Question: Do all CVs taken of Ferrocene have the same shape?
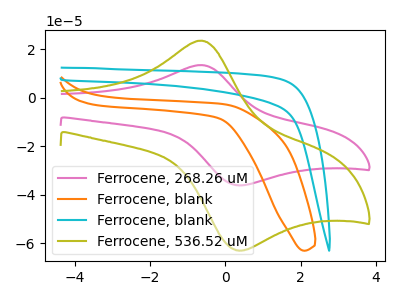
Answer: <think>The pink curve "Ferrocene, 268.26 uM" has an anodic peak at (-0.65V, 13.55uA) and a cathodic peak at (0.30V, -36.05uA). The orange curve "Ferrocene, blank" has no peaks. The cyan curve "Ferrocene, blank" has no peaks. The olive curve "Ferrocene, 536.52 uM" has an anodic peak at (-0.65V, 23.60uA) and a cathodic peak at (0.30V, -62.95uA).
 "Ferrocene, 268.26 uM" and "Ferrocene, blank" have a different number of peaks. "Ferrocene, 268.26 uM" and "Ferrocene, blank" have a different number of peaks. All the peaks in "Ferrocene, 268.26 uM" have a peak in "Ferrocene, 536.52 uM" at the same potential. Every peak in "Ferrocene, 268.26 uM" is lower than every peak in "Ferrocene, 536.52 uM". Neither "Ferrocene, blank" or "Ferrocene, blank" have any peaks. "Ferrocene, blank" and "Ferrocene, 536.52 uM" have a different number of peaks. "Ferrocene, blank" and "Ferrocene, 536.52 uM" have a different number of peaks.</think>
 <answer>All the CV's of "Ferrocene" have similar shape.</answer>
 <eval>follow_rule</eval>